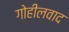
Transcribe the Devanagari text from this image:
गोहीलवाद